Trukikaitis_Postimees, lk 11
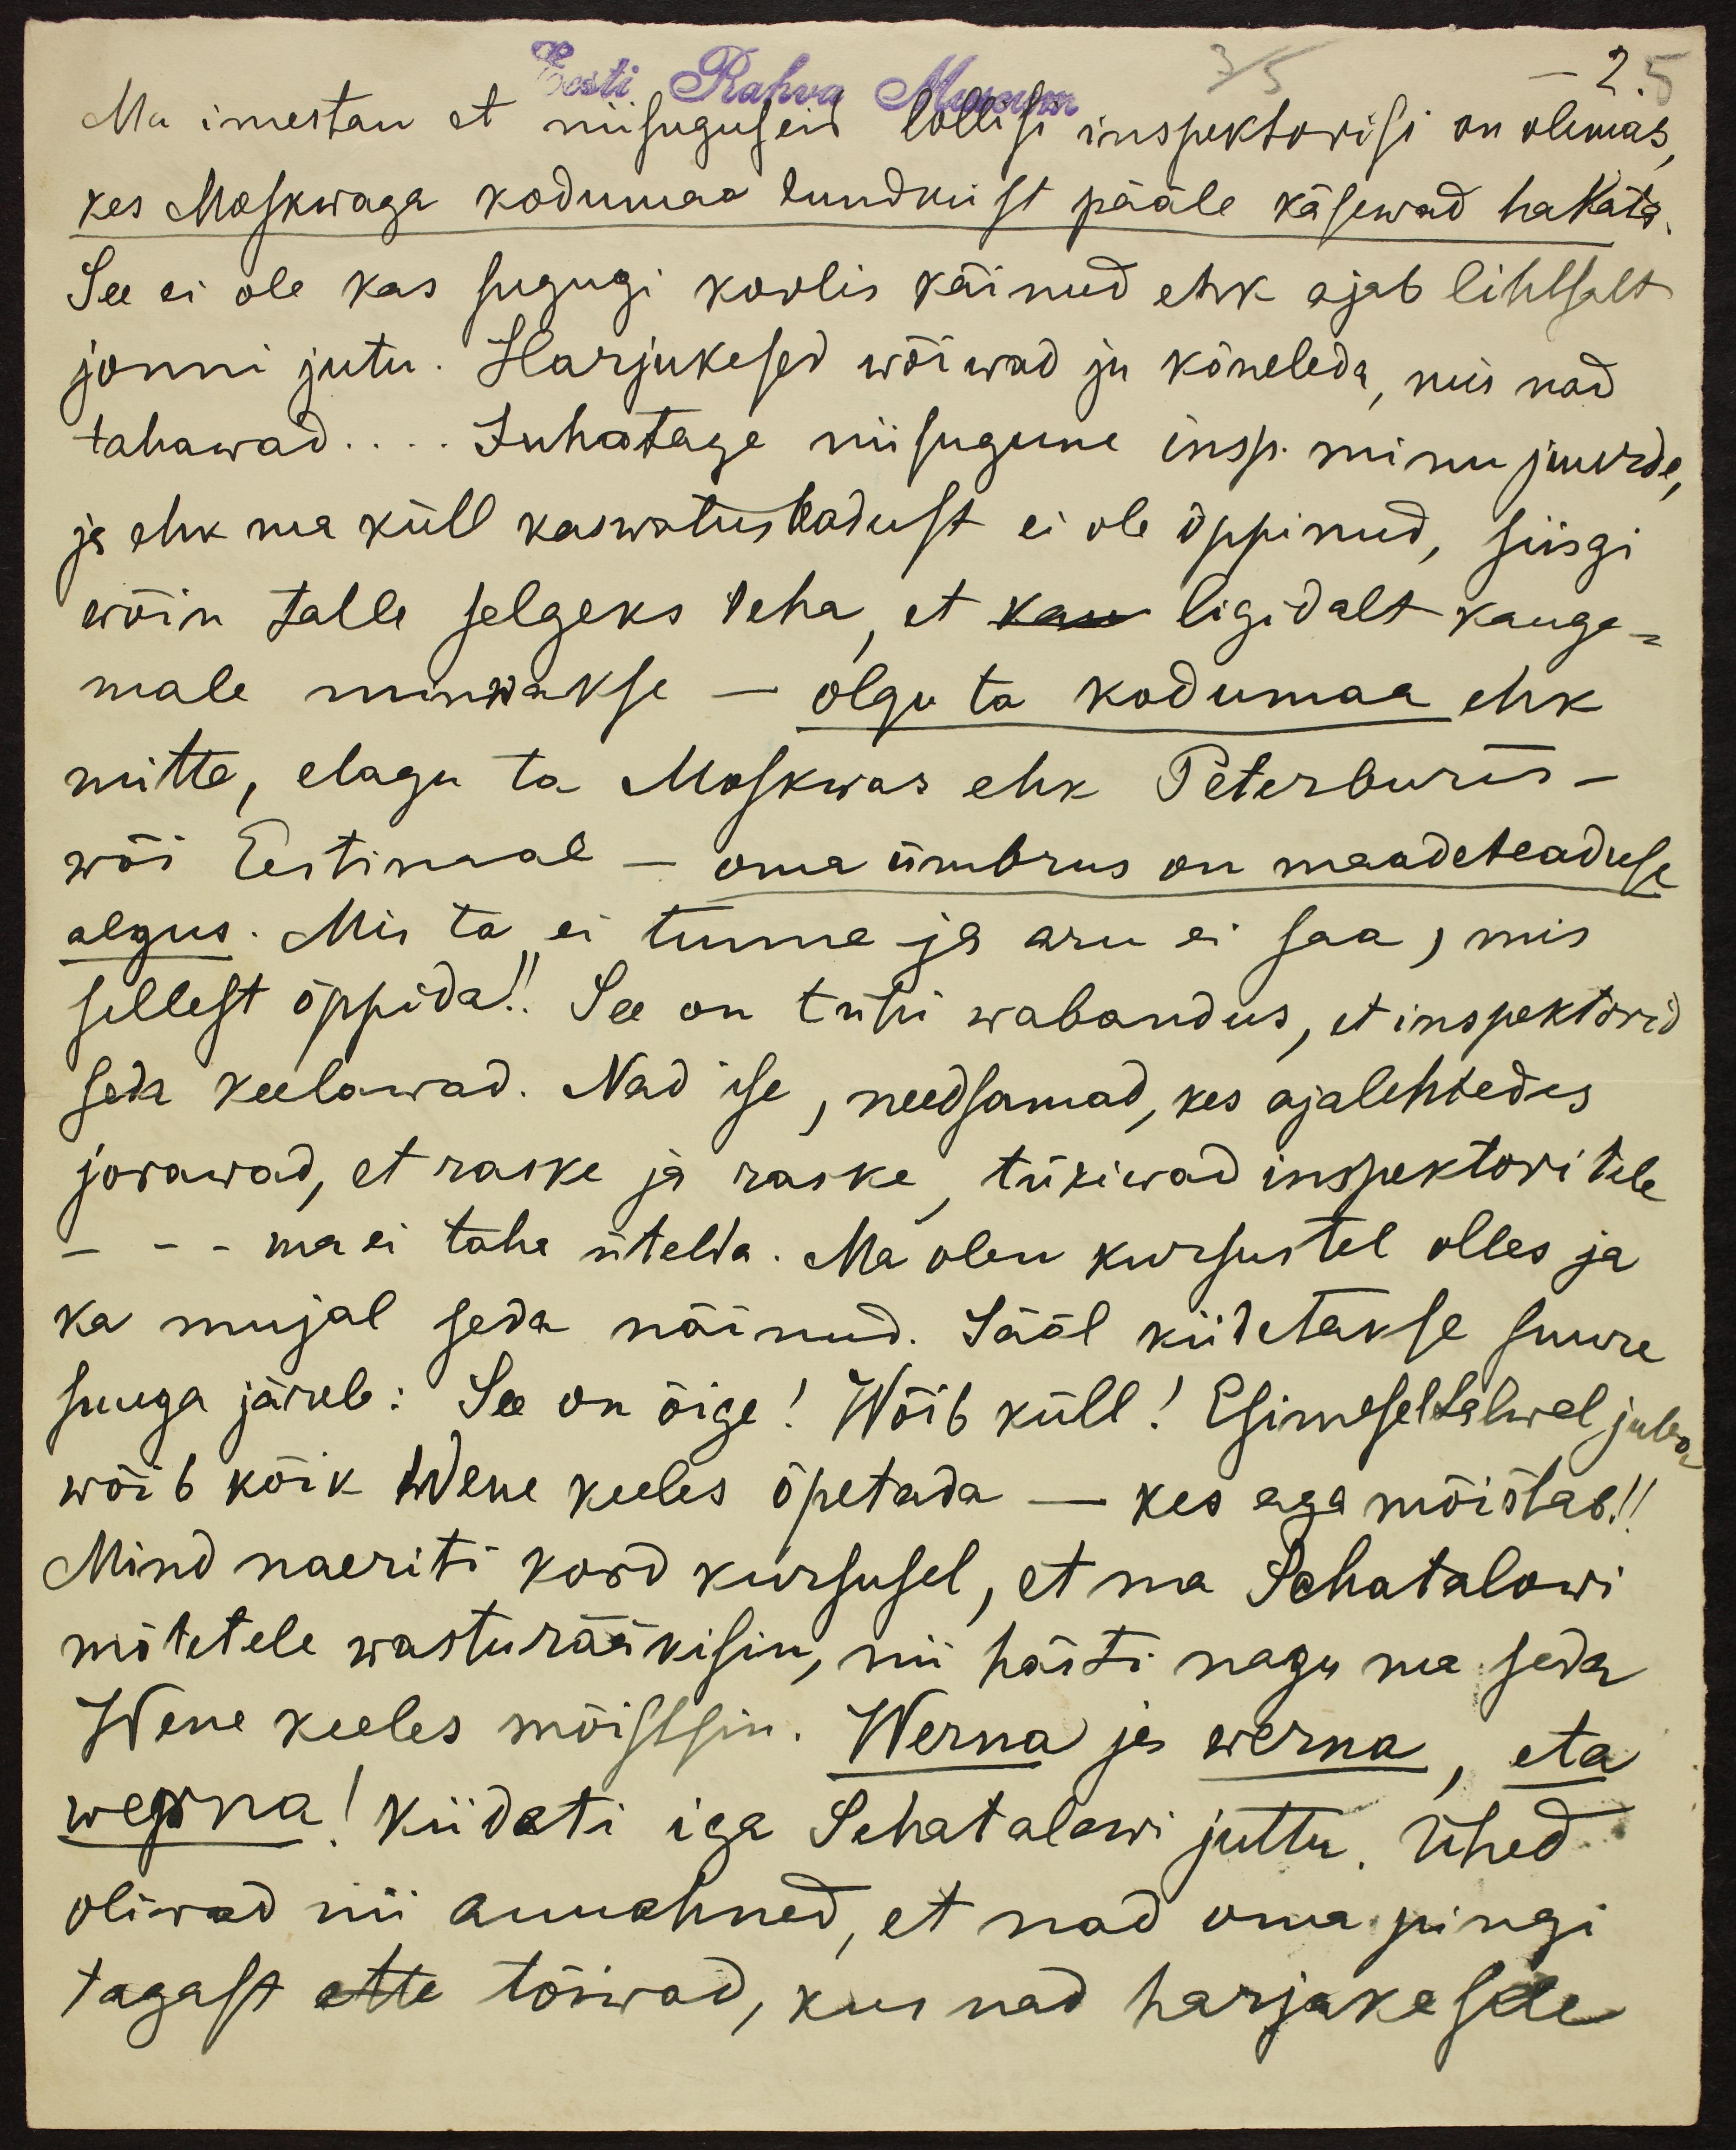
Eesti Rahva Museum
Ma imestan et niisuguseid lollisi inspektorisi on olemas
kes Moskwaga kodumaa tundmist pääle käsewad hakata
See ei ole kas sugugi koolis käinud ehk ajab lihtsalt
joonni jutu. Harjukesed wõiwad ju kõneleda, kui nad
tahawad.... Juhatage niisugune insp. minu juurde,
ja ehk ma küll kaswatuskodust ei ole õppinud, siisgi
wõin talle selgeks teha, et ligidalt kauge-
male minnakse - olgu ta kodumaa ehk
mitte, elagu ta Moskwas ehk Peterburis-
wõi Eestimaal - oma ümbrus on maadeteaduse
algus. Mis ta ei tunne ja aru ei saa, mis
sellest õppida. See on tühi wabandus, et inspektorid
seda keelawad. Nad ise, need samad, kes ajalehtedes
jorawad, et raske ja raske tükiwad inspektoritele
- - ma ei taha ütelda. Ma olen kursustel olles ja
ka mujal seda näinud. Sääl kiidetakse suure
suuga järele: See on õige! Wõib küll! Esimesel talwel juba
wõib kõik wene keeles õpetada - kes aga mõistab!!
Mind naeriti kord kursusel, et ma Schatalowi
mõtetele wastu rääkisin, nii hästi nagu ma seda
Wene keeles mõistsin. Werna ja werna, eta
werna! Kiideti iga Schatalowi juttu. Ühed
oliwad nii auuahned, et nad oma pingi
tagast ette tõiwad, kus nad harjakeste